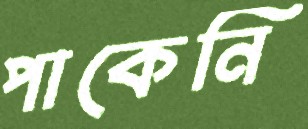
পাকেনি